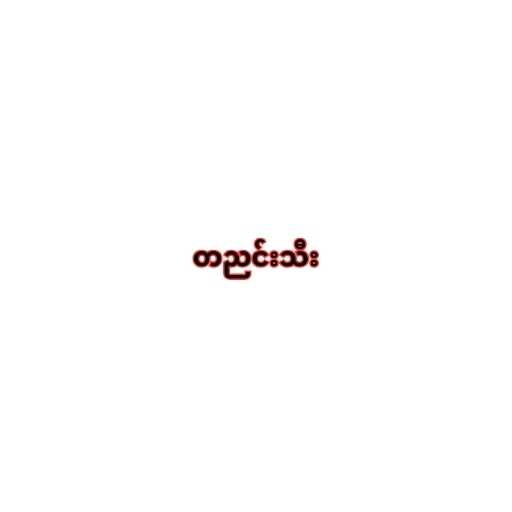
တညင်းသီး